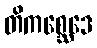
တိကစ္ဆေဒေ